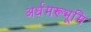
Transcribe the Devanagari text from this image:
अर्धमरूभूमि